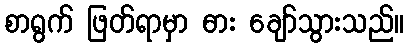
စာရွက် ဖြတ်ရာမှာ ဓား ချော်သွားသည်။